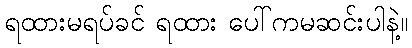
ရထားမရပ်ခင် ရထား ပေါ်ကမဆင်းပါနဲ့။